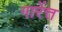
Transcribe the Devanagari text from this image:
गारेंत्त